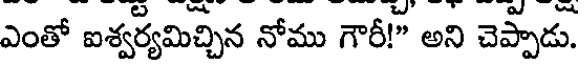
ఎంతో ఐశ్వర్యమిచ్చిన నోము గౌరీ!" అని చెప్పాడు.